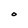
Character: O